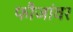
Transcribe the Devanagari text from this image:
फौजांवर